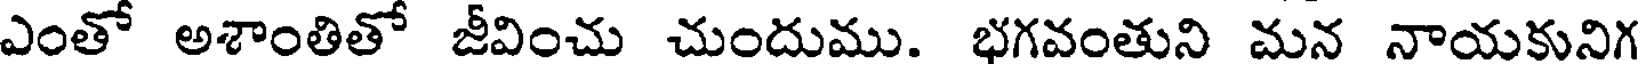
ఎంతో అశాంతితో జీవించు చుందుము. భగవంతుని మన నాయకునిగ